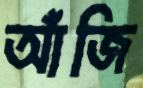
আঁজি